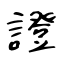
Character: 證